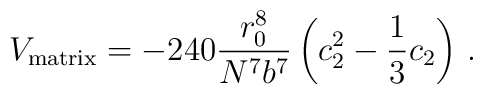
V_{\rm matrix} = - 240 {r_0^8 \over N^7 b^7} \left(c_2^2 - {1 \over 3} c_2\right) \,.